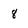
Character: 8